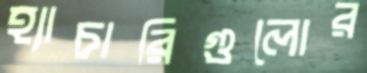
হ্যাচারিগুলোর